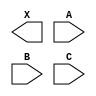
module sky130_fd_sc_hs__or3 (
    X,
    A,
    B,
    C
);

    output X;
    input  A;
    input  B;
    input  C;

    // Voltage supply signals
    supply1 VPWR;
    supply0 VGND;

endmodule